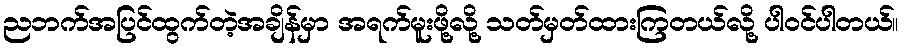
ညဘက်အပြင်ထွက်တဲ့အချိန်မှာ အရက်မူးဖို့လို့ သတ်မှတ်ထားကြတယ်လို့ ပါဝင်ပါတယ်။